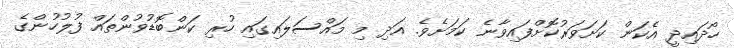
ހޯދައިދީ އެކަން ކަށަވަރުކޮށްފައިވާނެ ކަމަށެވެ. އަދި މި މައްސަލައިގައި ހުރި ކަންބޮޑުވުންތައް ފުލުހުންގެ